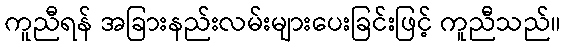
ကူညီရန် အခြားနည်းလမ်းများပေးခြင်းဖြင့် ကူညီသည်။